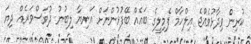
ކުރިން ވިދާޅުވެއްޖެ އިލްހާމް ފެމިލީގެ ބައެއް ބޭފުޅުންނަށް އަނިޔާ ލިބުނު ދުވަސްވަރެއް ދިޔަ